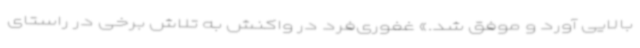
بالایی آورد و موفق شد.» غفوری‌فرد در واکنش به تلاش برخی در راستای